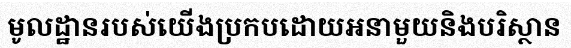
មូលដ្ឋានរបស់យើងប្រកបដោយអនាមួយនិងបរិស្ថាន